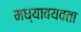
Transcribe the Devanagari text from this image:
मध्यावयवता